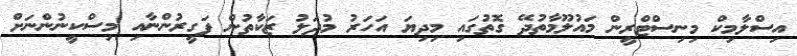
އިސްލާމިކް މިނިސްޓްރީން މައުލޫމާތުދޭ ގޮތުގައި މިދިޔަ އަހަރު މުދަލު ޒަކާތުން ފަގީރުންނާއި މިސްކީނުންނަށް